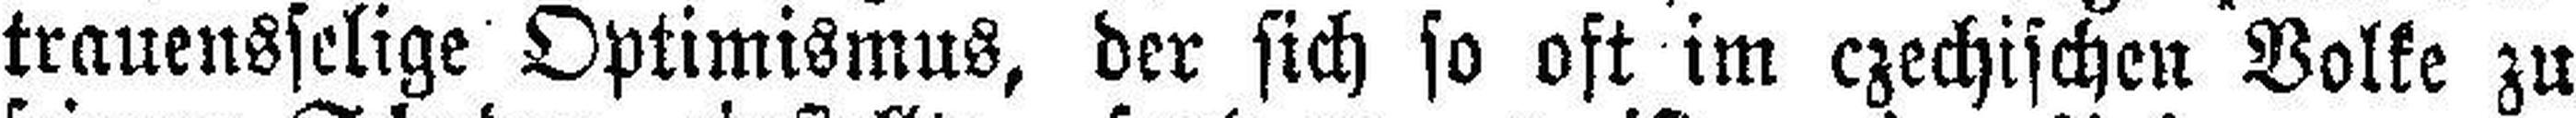
trauensselige Optimismus, der sich so oft im czechischen Volke zu